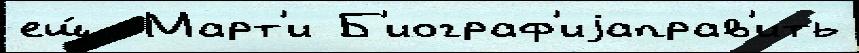
ещ́  Март'и Б'иограф'иjаправ'ить